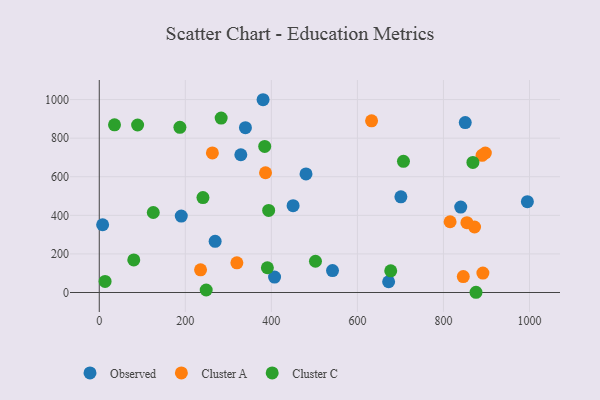
{"axis": {"x": "Study Hours", "y": "Exam Score"}, "legend": ["Cluster A", "Cluster C", "Observed"], "data": [{"x": "407.4", "y": 80.1, "type": "Observed"}, {"x": "672.5", "y": 55.7, "type": "Observed"}, {"x": "995.0", "y": 470.6, "type": "Observed"}, {"x": "450.5", "y": 450.2, "type": "Observed"}, {"x": "7.8", "y": 351.1, "type": "Observed"}, {"x": "329.0", "y": 714.1, "type": "Observed"}, {"x": "339.7", "y": 854.4, "type": "Observed"}, {"x": "850.6", "y": 880.9, "type": "Observed"}, {"x": "190.6", "y": 396.1, "type": "Observed"}, {"x": "380.7", "y": 999.2, "type": "Observed"}, {"x": "480.5", "y": 614.8, "type": "Observed"}, {"x": "701.0", "y": 495.8, "type": "Observed"}, {"x": "840.1", "y": 442.9, "type": "Observed"}, {"x": "542.1", "y": 113.8, "type": "Observed"}, {"x": "269.3", "y": 265.2, "type": "Observed"}, {"x": "897.3", "y": 723.0, "type": "Cluster A"}, {"x": "872.2", "y": 339.5, "type": "Cluster A"}, {"x": "235.4", "y": 117.4, "type": "Cluster A"}, {"x": "891.6", "y": 100.5, "type": "Cluster A"}, {"x": "632.9", "y": 889.6, "type": "Cluster A"}, {"x": "854.5", "y": 361.7, "type": "Cluster A"}, {"x": "889.7", "y": 711.2, "type": "Cluster A"}, {"x": "846.0", "y": 82.8, "type": "Cluster A"}, {"x": "262.9", "y": 723.6, "type": "Cluster A"}, {"x": "386.4", "y": 620.6, "type": "Cluster A"}, {"x": "815.4", "y": 366.7, "type": "Cluster A"}, {"x": "319.8", "y": 153.7, "type": "Cluster A"}, {"x": "390.7", "y": 128.3, "type": "Cluster C"}, {"x": "393.7", "y": 425.3, "type": "Cluster C"}, {"x": "868.4", "y": 674.4, "type": "Cluster C"}, {"x": "707.0", "y": 679.8, "type": "Cluster C"}, {"x": "502.5", "y": 161.9, "type": "Cluster C"}, {"x": "89.1", "y": 868.1, "type": "Cluster C"}, {"x": "283.3", "y": 904.2, "type": "Cluster C"}, {"x": "35.4", "y": 869.0, "type": "Cluster C"}, {"x": "125.5", "y": 414.7, "type": "Cluster C"}, {"x": "875.6", "y": 1.2, "type": "Cluster C"}, {"x": "677.4", "y": 112.6, "type": "Cluster C"}, {"x": "80.2", "y": 169.0, "type": "Cluster C"}, {"x": "13.5", "y": 57.6, "type": "Cluster C"}, {"x": "384.5", "y": 756.9, "type": "Cluster C"}, {"x": "248.5", "y": 13.0, "type": "Cluster C"}, {"x": "241.0", "y": 492.1, "type": "Cluster C"}, {"x": "187.4", "y": 856.4, "type": "Cluster C"}]}